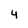
Character: 4